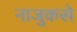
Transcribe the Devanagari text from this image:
नाजुकसे